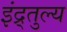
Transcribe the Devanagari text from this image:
इंद्र्तुल्य